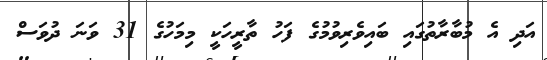
އަދި އެ މުބާރާތުގައި ބައިވެރިވުމުގެ ފަހު ތާރީހަކީ މިމަހުގެ 31 ވަނަ ދުވަސް